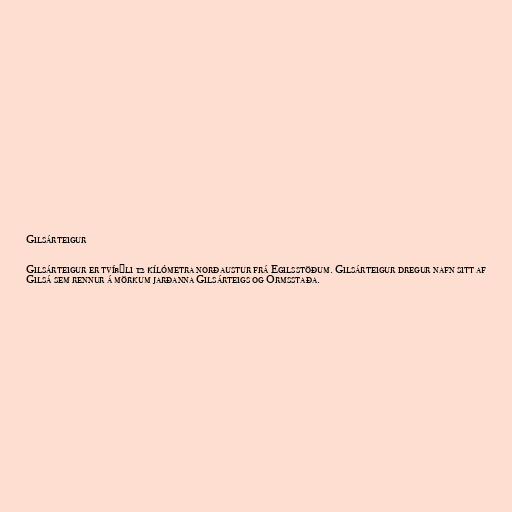
Gilsárteigur

Gilsárteigur er tvíbýli 12 kílómetra norðaustur frá Egilsstöðum. Gilsárteigur dregur nafn sitt af
Gilsá sem rennur á mörkum jarðanna Gilsárteigs og Ormsstaða.